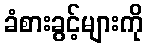
ခံစားခွင့်များကို